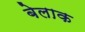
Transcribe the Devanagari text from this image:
बेलाक